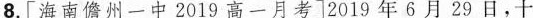
8.[海南儋州一中2019高一月考]2019年6月29日，十